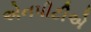
એનપીટીએ